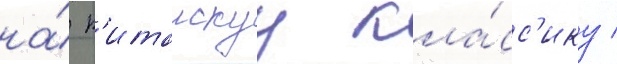
на́ к'итаискуу кла́сс'ику /